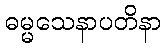
ဓမ္မသေနာပတိနာ